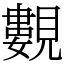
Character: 𧢃